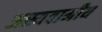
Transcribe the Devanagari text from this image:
अस्यवामीय